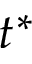
t ^ { \ast }